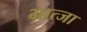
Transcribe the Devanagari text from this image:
भ्रात्जा